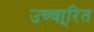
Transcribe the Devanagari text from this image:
उच्चा्रित